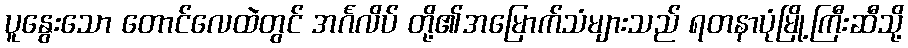
ပူနွေးသော တောင်လေထဲတွင် အင်္ဂလိပ် တို့၏အမြောက်သံများသည် ရတနာပုံမြို့ကြီးဆီသို့